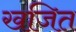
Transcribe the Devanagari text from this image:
खजित